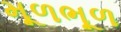
મૂળભૂળ